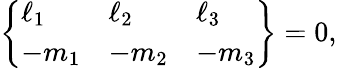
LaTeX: \left\{ \begin{array}{lll}{\ell_{1}}&{\ell_{2}}&{\ell_{3}}\\ {-m_{1}}&{-m_{2}}&{-m_{3}}\end{array}\right\} =0,